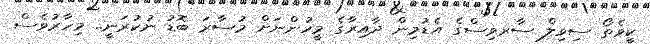
ކީވެތޯ ސިވިލް ސާރވިސްގެ އެޑުމިން ދާއިރާގެ މީހުންނަށް މުސާރަ ބޮޑު ނުކުރަނީ.. މިހާރުވެސް